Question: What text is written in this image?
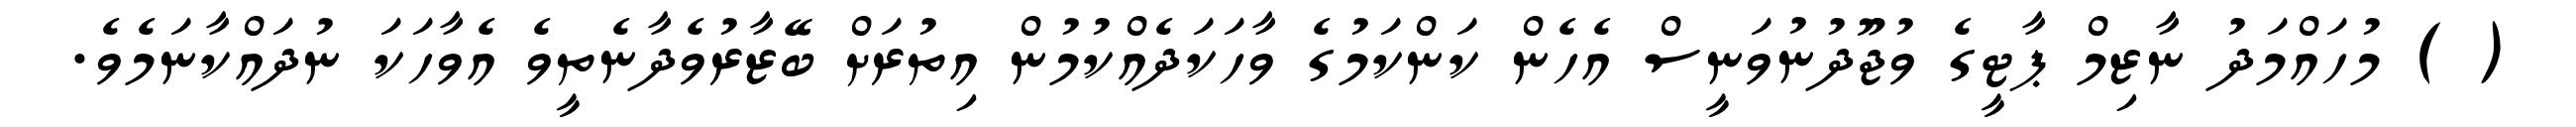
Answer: ( ) މުހައްމަދު ނާޒިމް ޕާޓީގެ ވުޖޫދުނުވަނީސް އެހެން ކަންކަމުގެ ވާހަކަދެއްކުމުން އިތުރަށް ބޭޒާރުވެދާނެތީވެ އެވާހަކަ ނުދައްކާނަމެވެ.